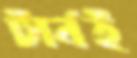
টার্নই